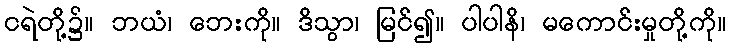
ငရဲတို့၌။ ဘယံ၊ ဘေးကို။ ဒိသွာ၊ မြင်၍။ ပါပါနိ၊ မကောင်းမှုတို့ကို။